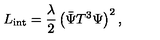
L _ { \mathrm { i n t } } = \frac { \lambda } { 2 } \left( \bar { \Psi } T ^ { 3 } \Psi \right) ^ { 2 } ,